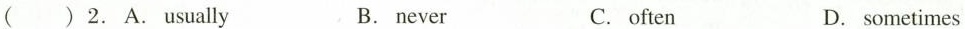
( )2.A.Usually B.never C.often D.sometimes